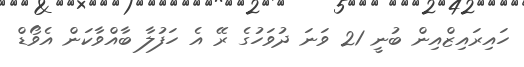
ހައިރައިޒްއިން ބުނީ 21 ވަނަ ދުވަހުގެ ރޭ އެ ހަފުލާ ބާއްވާކަން އެވޯޑް